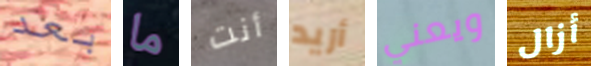
بعد ما أنت أريد ويعني أزال